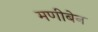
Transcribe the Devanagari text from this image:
मणीबेन